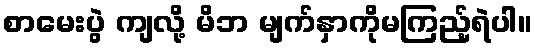
စာမေးပွဲ ကျလို့ မိဘ မျက်နှာကိုမကြည့်ရဲပါ။